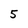
Character: 5